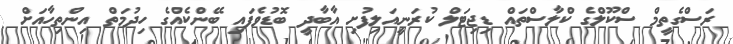
ރަސްގެތީމް ސްކޫލްގެ ކްލާސްތައް ޑިޖިޓަލް ކުރަނީއަލިފުށި އާބާދީ ބޮޑުވެފައި ބޭންކެއްގެ ހިދުމަތް އިންތިހާއަށް